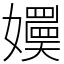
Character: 嬽